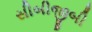
સીબીજીબી